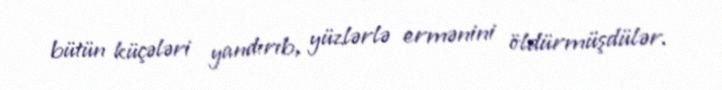
bütün küçələri yandırıb, yüzlərlə ermənini öldürmüşdülər.